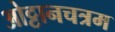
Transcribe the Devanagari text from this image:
ओट्टानचत्रम